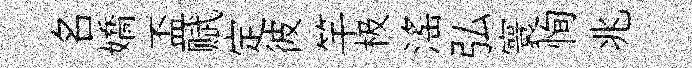
名嬌盃赋定彼竿极滛弘寰恂兆